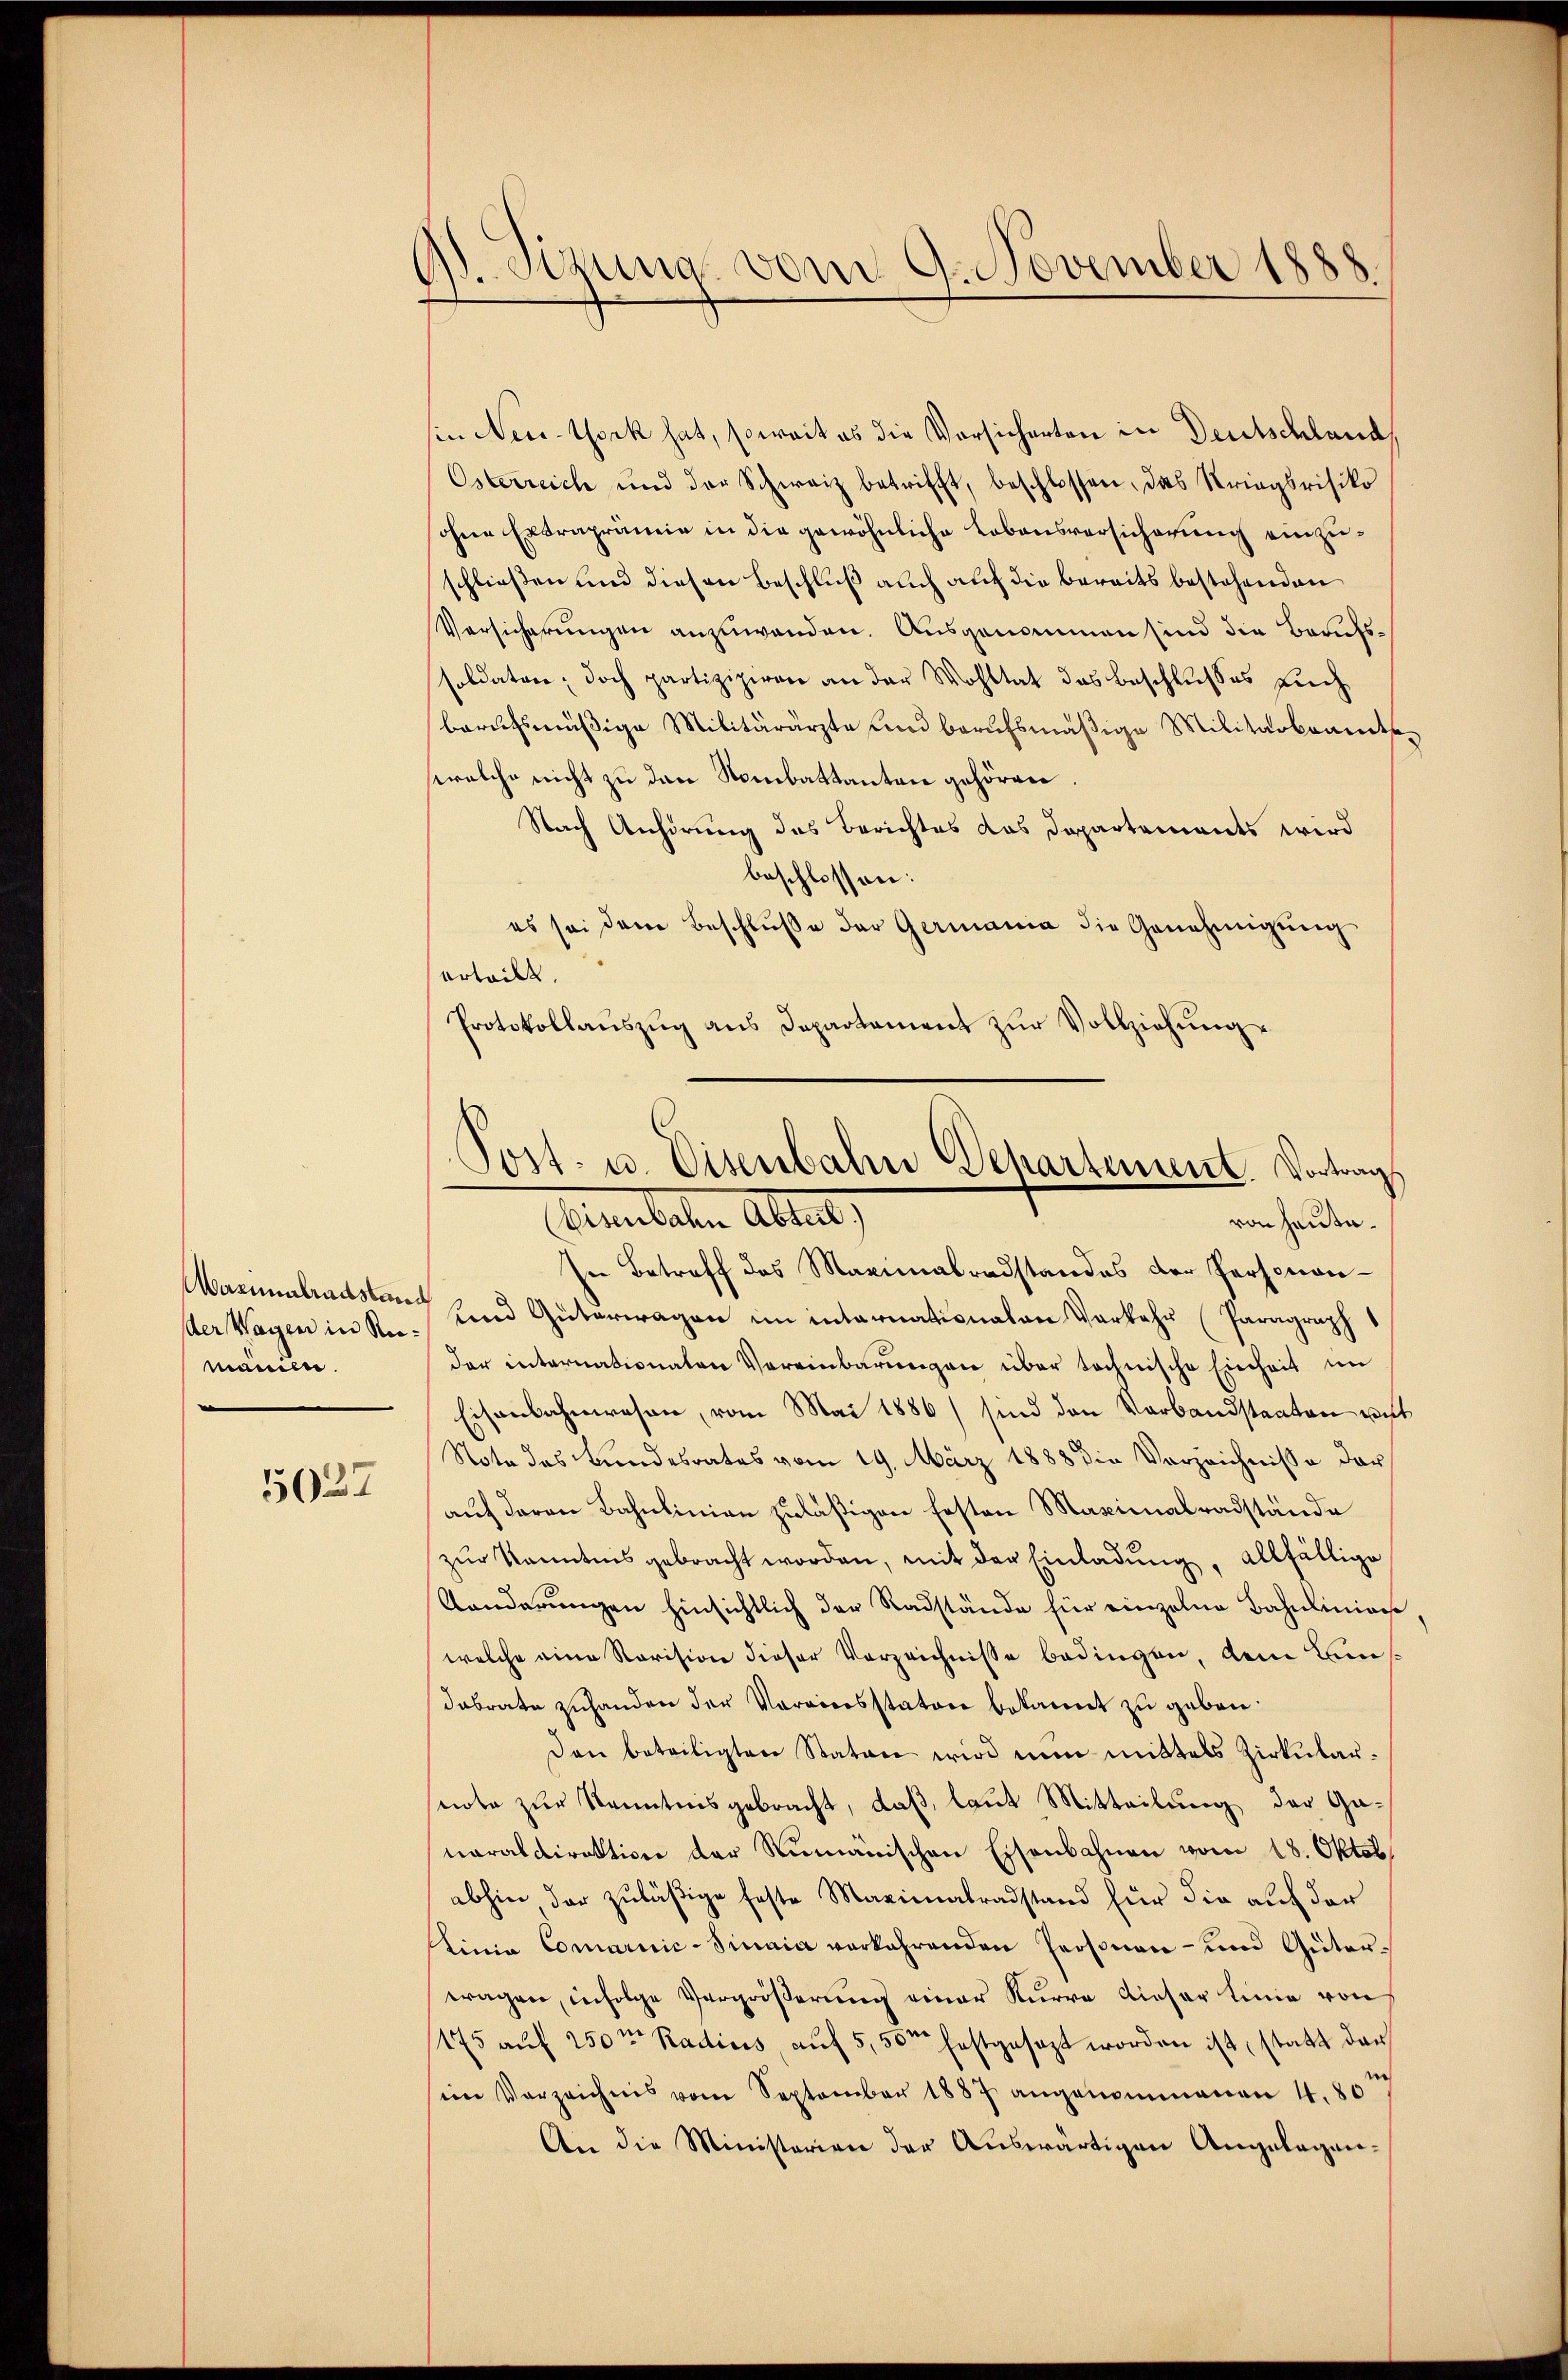
der Wagen in Remänen.

5027

A.Sizung vom 9. November 1888.

sin New-York hat, soweit es die Vorsicherten in Deutschland,
Osterreich und der Schweiz betrifft, beschlossen, das Striegsrisiko
ohne Extraprämie in die gewöhnliche Lebensversicherung einzuschließen und diesen Beschluß auch auf die bereits bestehenden
Versicherungen anzuwenden. Ausgenommen sind die Berufssoldaten; doch partizipiren an der Wohltat das Beschlußes auch
berufsmäßige Militärärzte und berufsmäßige Militärbeamte
welche nicht zu den Neubattanten gehören.
Nach Anhörung des Berichtes das Departements wird
beschlossen:
es sei dem Beschluße der Germania die Genehmigung
erteilt.
Protokollaŭszŭg ans Departament zŭr Vollziehŭng

Post- u. Eisenbahn Departement. Vortrag.
Ernenbaten Altert,
von heute.

In Betreff des Maximalradstandes der Personan¬
Marielandsten und Güterragen im internationalen Verkehr (Paragraph
der internationalen Vereinbarungen über technische Einheit im
Eisenbahnwesen, vom Mai 1886) sind den Verbandstaaten mit
Note des Bundesrates vom 19. März 1888 die Verzeichnisse der
auf deren Bahnlinien zuläßigen festen Maximalradstände
zur Kenntnis gebracht worden, mit der Einladung, allfällige
Kanderungen hinsichtlich der Radstände für einzelne Bahnliniers,
welche eine Revision dieser Verzeichnisse bedingen, dem Bundabrate zuhanden der Vormiersstator bekannt zu geben.
Den beteiligten Stator wird nun mittels Zirkularnote zur Kenntnisgebracht, daß, laut Mitteilung der Genaraldirektion der Rumänischen Eisenbahnen vom 18. Oktob
abhin der zuläßige feste Maximalradstand für die auf der
Ainia Comarnic-Sinaia verkehrenden Personen- und Gütertragen, infolge Vergrößerung einer Kurve dieser Linie von
175 auf 250m Radius, auf 5,50m festgesezt worden ist statt der
ein Verzeichnis vom September 1887 angenommenen 4. 807
An die Ministerien der Auswärtigen Angelegen-